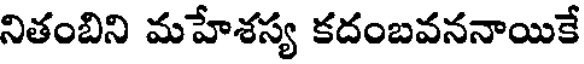
నితంబిని మహేశస్య కదంబవననాయికే